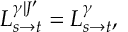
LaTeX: L _ { s \to t } ^ { \gamma | J ^ { \prime } } = L _ { s \to t } ^ { \gamma } ,